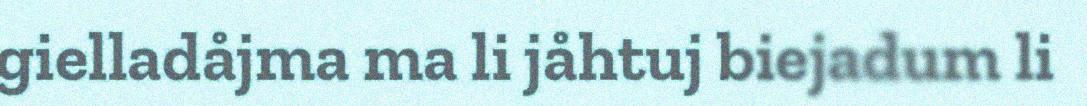
gielladåjma ma li jåhtuj biejadum li